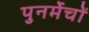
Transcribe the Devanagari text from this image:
पुनर्मेचों